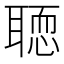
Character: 𦗂